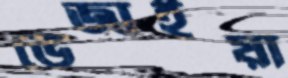
ভেজাইয়া